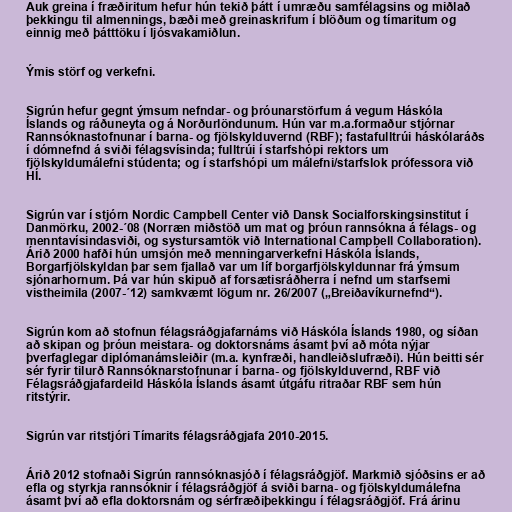
Auk greina í fræðiritum hefur hún tekið þátt í umræðu samfélagsins og miðlað
þekkingu til almennings, bæði með greinaskrifum í blöðum og tímaritum og
einnig með þátttöku í ljósvakamiðlun.

Ýmis störf og verkefni.

Sigrún hefur gegnt ýmsum nefndar- og þróunarstörfum á vegum Háskóla
Íslands og ráðuneyta og á Norðurlöndunum. Hún var m.a.formaður stjórnar
Rannsóknastofnunar í barna- og fjölskylduvernd (RBF); fastafulltrúi háskólaráðs
í dómnefnd á sviði félagsvísinda; fulltrúi í starfshópi rektors um
fjölskyldumálefni stúdenta; og í starfshópi um málefni/starfslok prófessora við
HÍ.

Sigrún var í stjórn Nordic Campbell Center við Dansk Socialforskingsinstitut í
Danmörku, 2002-´08 (Norræn miðstöð um mat og þróun rannsókna á félags- og
menntavísindasviði, og systursamtök við International Campbell Collaboration).
Árið 2000 hafði hún umsjón með menningarverkefni Háskóla Íslands,
Borgarfjölskyldan þar sem fjallað var um líf borgarfjölskyldunnar frá ýmsum
sjónarhornum. Þá var hún skipuð af forsætisráðherra í nefnd um starfsemi
vistheimila (2007-´12) samkvæmt lögum nr. 26/2007 („Breiðavíkurnefnd“).

Sigrún kom að stofnun félagsráðgjafarnáms við Háskóla Íslands 1980, og síðan
að skipan og þróun meistara- og doktorsnáms ásamt því að móta nýjar
þverfaglegar diplómanámsleiðir (m.a. kynfræði, handleiðslufræði). Hún beitti sér
sér fyrir tilurð Rannsóknarstofnunar í barna- og fjölskylduvernd, RBF við
Félagsráðgjafardeild Háskóla Íslands ásamt útgáfu ritraðar RBF sem hún
ritstýrir.

Sigrún var ritstjóri Tímarits félagsráðgjafa 2010-2015.

Árið 2012 stofnaði Sigrún rannsóknasjóð í félagsráðgjöf. Markmið sjóðsins er að
efla og styrkja rannsóknir í félagsráðgjöf á sviði barna- og fjölskyldumálefna
ásamt því að efla doktorsnám og sérfræðiþekkingu í félagsráðgjöf. Frá árinu